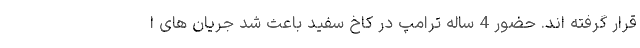
قرار گرفته اند. حضور 4 ساله ترامپ در کاخ سفید باعث شد جریان های ا